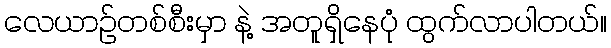
လေယာဉ်တစ်စီးမှာ နဲ့ အတူရှိနေပုံ ထွက်လာပါတယ်။